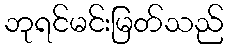
ဘုရင်မင်းမြတ်သည်